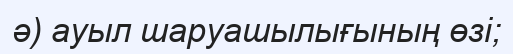
ә) ауыл шаруашылығының өзі;